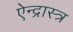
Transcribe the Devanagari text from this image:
ऐन्द्रास्त्र